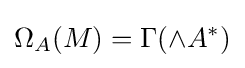
\Omega _{A}(M)=\Gamma (\wedge A^{*})